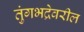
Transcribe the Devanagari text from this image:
तुंगभद्रेवरील